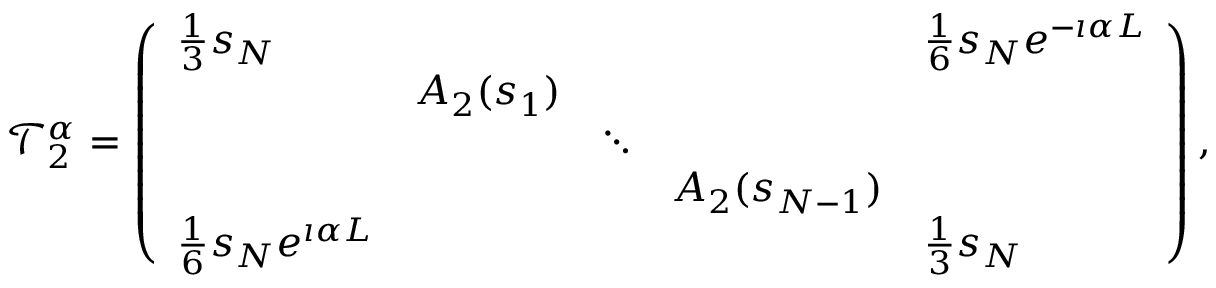
\mathcal { T } _ { 2 } ^ { \alpha } = \left( \begin{array} { l l l l l } { \frac { 1 } { 3 } s _ { N } } & & & & { \frac { 1 } { 6 } s _ { N } e ^ { - \i \alpha L } } \\ & { A _ { 2 } ( s _ { 1 } ) } & & & \\ & & { \ddots } & & \\ & & & { A _ { 2 } ( s _ { N - 1 } ) } & \\ { \frac { 1 } { 6 } s _ { N } e ^ { \i \alpha L } } & & & & { \frac { 1 } { 3 } s _ { N } } \end{array} \right) ,